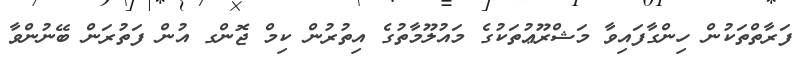
ފަރާތްތަކުން ހިންގާފައިވާ މަޝްރޫޢުތަކުގެ މައުލޫމާތުގެ އިތުރުން ކިމް ޖޮންގ އުން ފަތުރަން ބޭނުންވާ